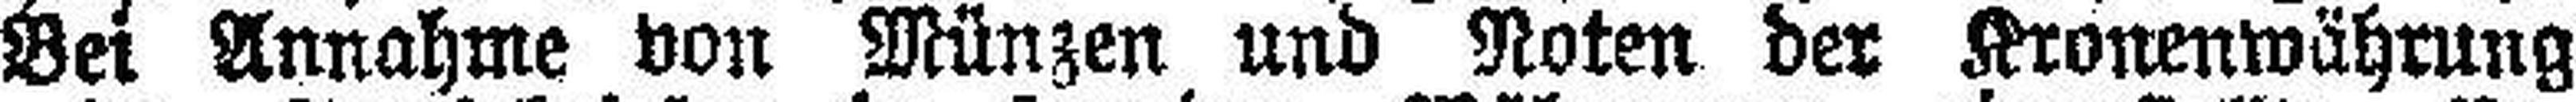
Bei Annahme von Münzen und Noten der Kronenwährung